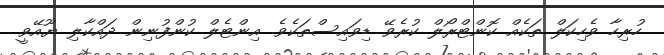
ހުރިހާ ވެހިކަލް ތަކެއް ކޮންޓްރޯލް ކުރެވޭ ޑިވައިސްތަކެވެ. އިންޓެލް ކުންފުނިން ދައްކާލި ޔޫއޭވީ